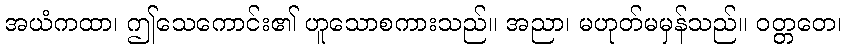
အယံကထာ၊ ဤသေကောင်း၏ ဟူသောစကားသည်။ အညာ၊ မဟုတ်မမှန်သည်။ ဝတ္တတေ၊